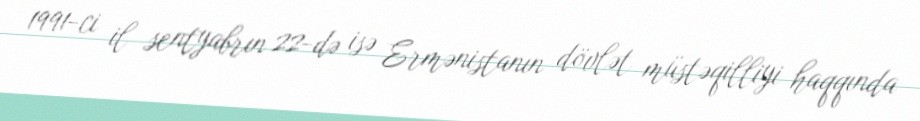
1991-ci il sentyabrın 22-də isə Ermənistanın dövlət müstəqilliyi haqqında